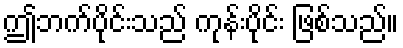
ဤဘက်ပိုင်းသည် ကုန်းပိုင်း ဖြစ်သည်။